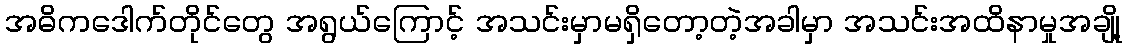
အဓိကဒေါက်တိုင်တွေ အရွယ်ကြောင့် အသင်းမှာမရှိတော့တဲ့အခါမှာ အသင်းအထိနာမှုအချို့